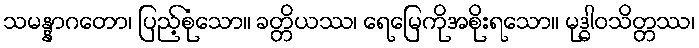
သမန္နာဂတော၊ ပြည့်စုံသော။ ခတ္တိယဿ၊ ရေမြေကိုအစိုးရသော။ မုဒ္ဓါဝသိတ္တဿ၊